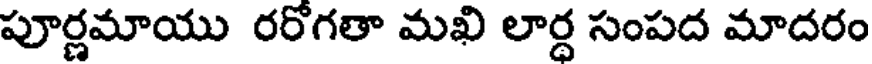
పూర్ణమాయు రరోగతా మఖి లార్ధ సంపద మాదరం